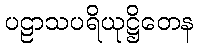
ပဠာသပရိယုဋ္ဌိတေန